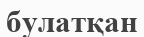
булатқан